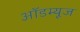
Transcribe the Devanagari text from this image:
ऑडम्यूज